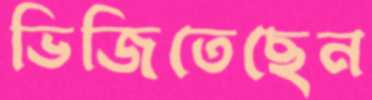
ভিজিতেছেন